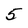
Character: 5